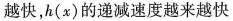
越快，h(x)的递减速度越来越快